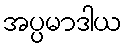
အပ္ပမာဒါယ